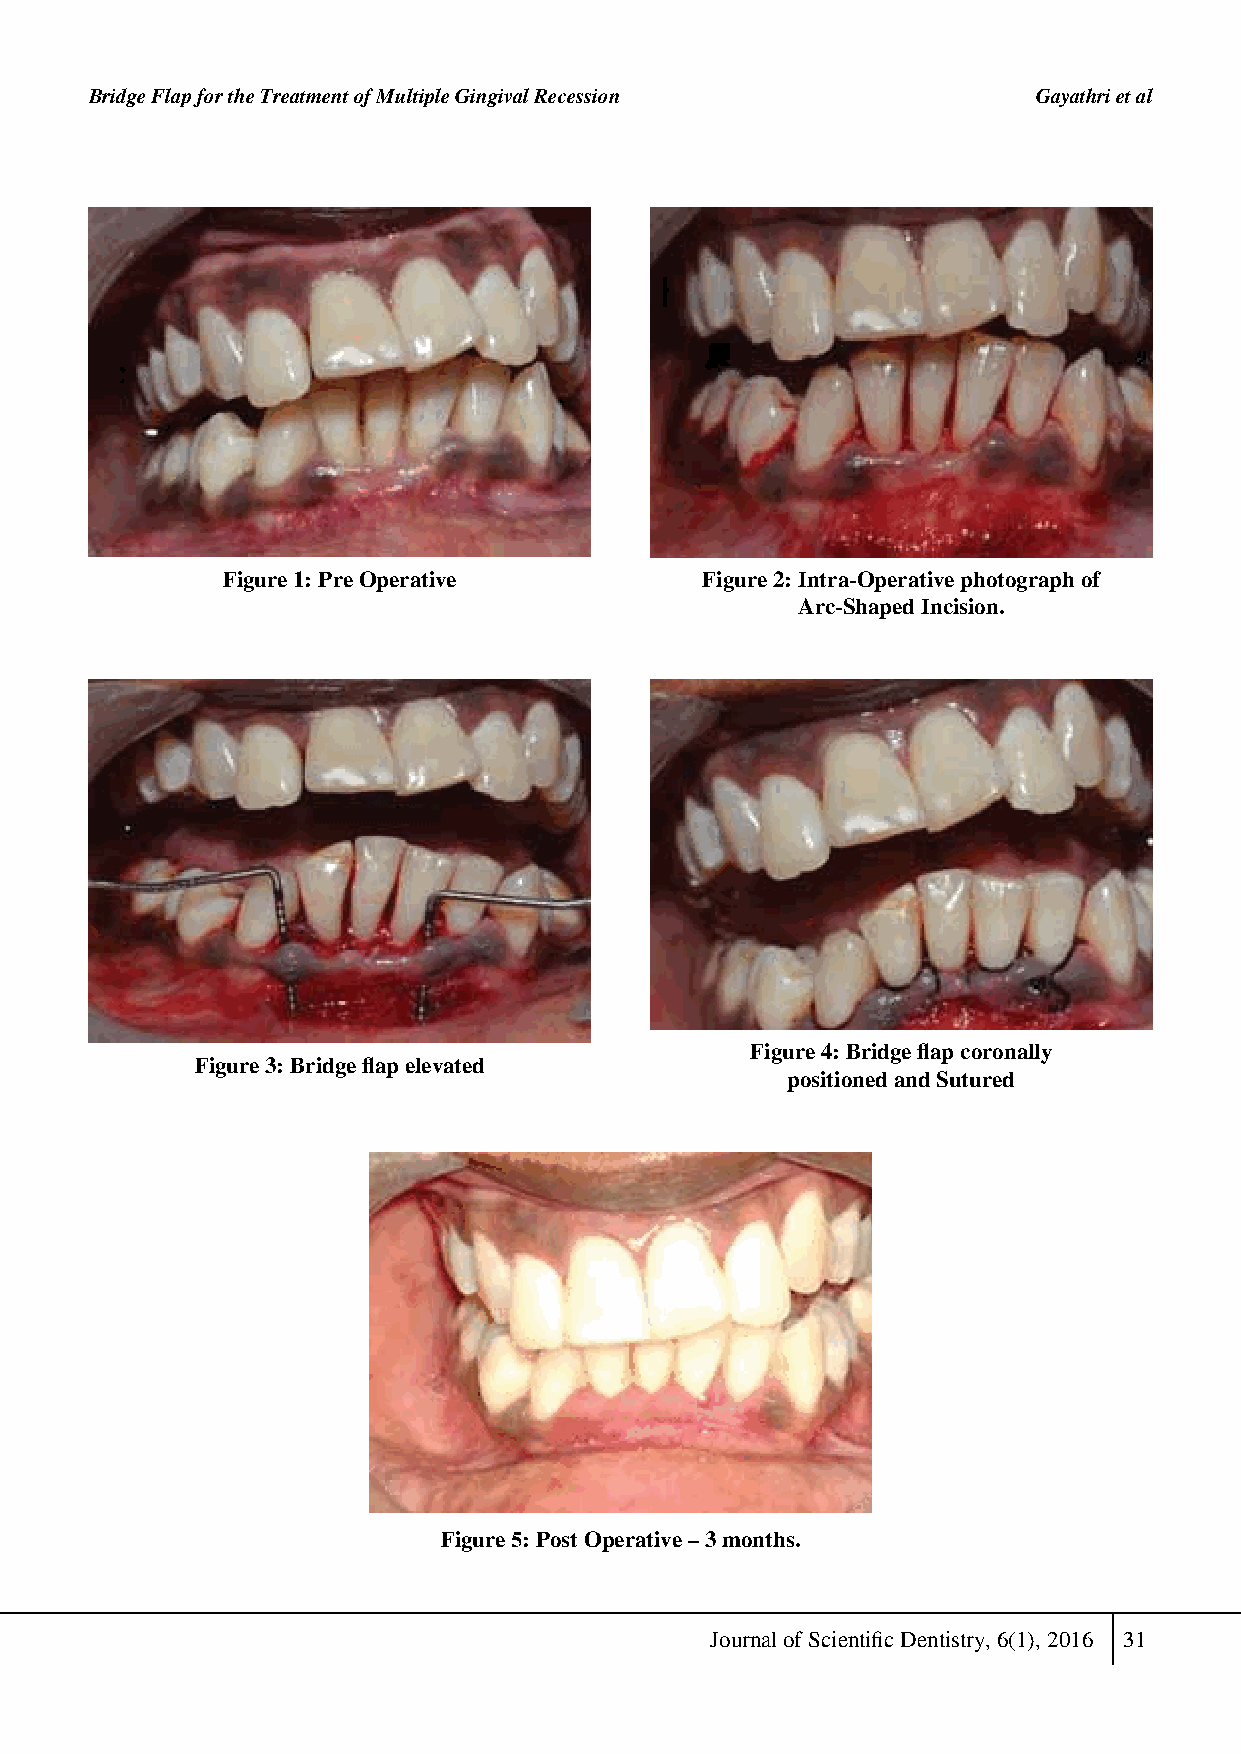
Bridge Flap for the Treatment of Multiple Gingival Recession   Gayathri et al
 Figure 1: Pre operative        Figure 2: intra-operative photograph of
 Arc-shaped incision.
 Figure 4: Bridge flap coronally
 Figure 3: Bridge flap elevated
 positioned and sutured
 Figure 5: Post operative – 3 months.
 Journal of Scientific Dentistry, 6(1), 2016 31